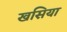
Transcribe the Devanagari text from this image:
खसिया